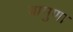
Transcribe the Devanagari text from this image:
बामुणा